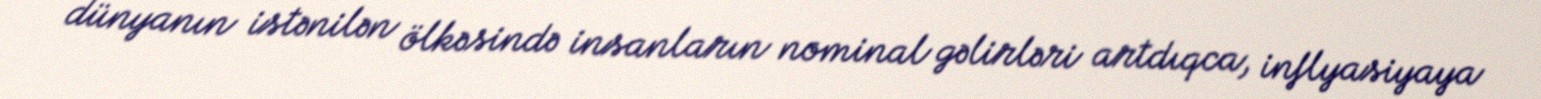
dünyanın istənilən ölkəsində insanların nominal gəlirləri artdıqca, inflyasiyaya